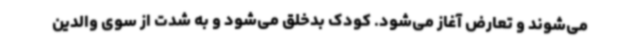
می‌شوند و تعارض آغاز می‌شود. کودک بدخلق می‌شود و به شدت از سوی والدین